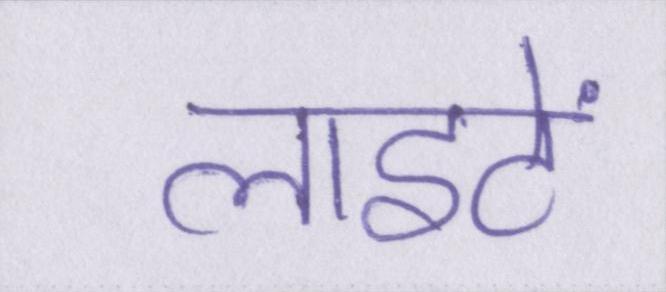
लाइटें